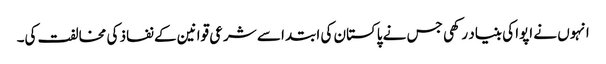
انہوں نے اپوا کی بنیاد رکھی جس نے پاکستان کی ابتدا سے شرعی قوانین کے نفاذ کی مخالفت کی۔